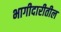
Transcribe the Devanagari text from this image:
भागीदारीतील